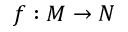
f : M \rightarrow N